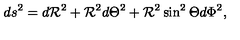
d s ^ { 2 } = d { { \cal R } } ^ { 2 } + { { \cal R } } ^ { 2 } d { \Theta } ^ { 2 } + { { \cal R } } ^ { 2 } \sin ^ { 2 } \Theta d \Phi ^ { 2 } ,